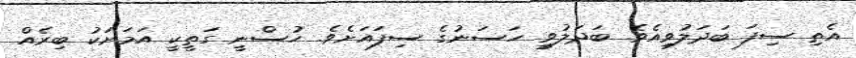
އެތި ސިފަ ބަދަލުވިއެވެ. ބަދަލުވީ ހަސަނުގެ ސިފައަށެވެ. ހުސްނީ ގަތީކީ އަމަށަކު ބިރެއް